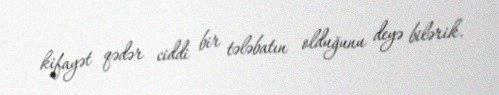
kifayət qədər ciddi bir tələbatın olduğunu deyə bilərik.